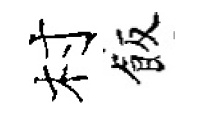
村飯